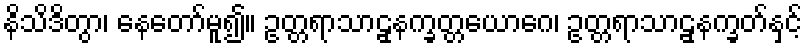
နိသိဒိတွာ၊ နေတော်မူ၍။ ဥတ္တရာသာဠှနက္ခတ္တယောဂေ၊ ဥတ္တရာသာဠှနက္ခတ်နှင့်